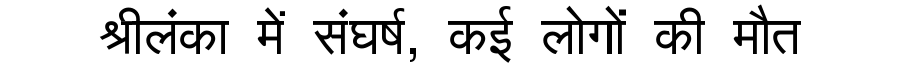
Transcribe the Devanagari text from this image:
श्रीलंका में संघर्ष, कई लोगों की मौत